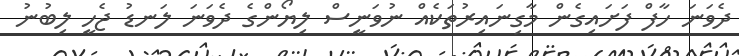
ދެވަނަ ހާފް ފަށަައިގެން މާގިނައިރުތަކެއް ނުވަނީސް ލިޔޯންގެ ދެވަނަ ލަނޑު ޖެހީ ލިބުނު